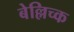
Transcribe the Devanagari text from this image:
बेल्लिच्क